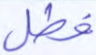
فطل